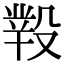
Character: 𣪲